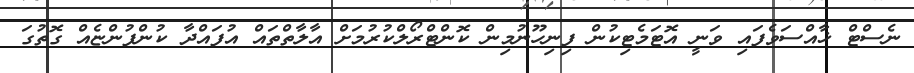
ނެސްޓް ޚާއްސަވެފައި ވަނީ އޮޓަމެޓިކުން ފިނިހޫނުމިން ކޮންޓްރޯލްކުރުމަށް އާލާތްތައް އުފައްދާ ކުންފުންޏެއް ގޮތުގަ